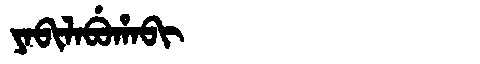
Manchu: ᠶᠠᠪᡳᠯᠠᠪᡠᡥᠠᠪᡳ
Romanization: YABILABUHABI